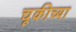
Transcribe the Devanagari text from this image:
चूकीच्या